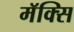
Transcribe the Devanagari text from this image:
मॅक्सि